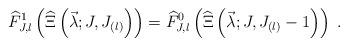
LaTeX: \begin{align*}\widehat{F}^1_{J,l}\left(\widehat{\Xi}\left(\vec{\lambda}; J, J_{(l)}\right)\right) &=\widehat{F}^0_{J,l} \left(\widehat{\Xi}\left(\vec{\lambda}; J, J_{(l)}-1 \right)\right) \; .\end{align*}